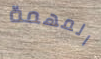
المهمة